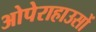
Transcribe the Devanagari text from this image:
ओपेराहाउसों